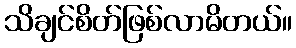
သိချင်စိတ်ဖြစ်လာမိတယ်။